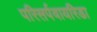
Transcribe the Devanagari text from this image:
परिसर्पवायरिडा